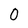
Character: 0